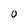
Character: O